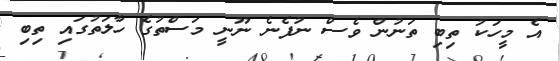
އެ މީހަކު ތިބި ތަނުން ވެސް ނުފެނެ ނޫނީ މަސްތުގެ ހާލަތުގައި ތިބި